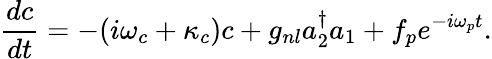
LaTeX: \frac{dc}{dt}=-(i\omega_{c}+\kappa_{c})c+g_{nl}a_{2}^{\dagger}a_{1}+f_{p}e^{-i\omega_{p}t}.